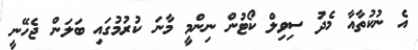
އެ ނުކުތާއާ މެދު ސިވިލް ކޯޓުން ނިންމީ މާނަ ކުރުމުގައި ބަލަން ޖެހޭނީ